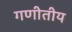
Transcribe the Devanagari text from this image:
गणीतीय